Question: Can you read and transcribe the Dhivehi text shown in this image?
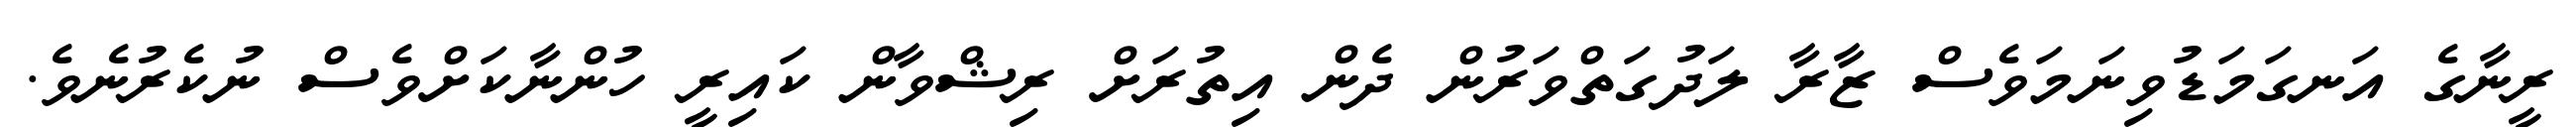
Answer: ރީނާގެ އަނގަމަޑުވިނަމަވެސް ޒާރާ ލަދުގަތްވަރުން ދެން އިތުރަށް ރިޝްވާން ކައިރީ ހުންނާކަށްވެސް ނުކެރުނެވެ.